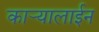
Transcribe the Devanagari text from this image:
कार्‍यालाईन